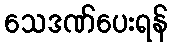
သေဒဏ်ပေးရန်